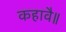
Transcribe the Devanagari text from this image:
कहावै॥